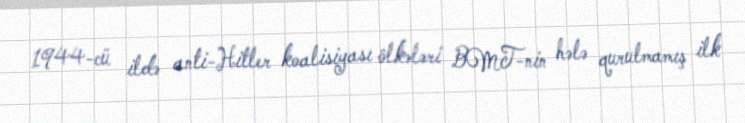
1944-cü ildə anti-Hitler koalisiyası ölkələri BMT-nin hələ qurulmamış ilk